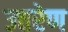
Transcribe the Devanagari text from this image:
उत्तरेण